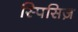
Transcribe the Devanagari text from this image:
स्पिसिज़